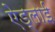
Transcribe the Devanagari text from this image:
ऐड्लाई